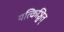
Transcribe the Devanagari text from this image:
यत्किञ्चित्